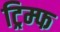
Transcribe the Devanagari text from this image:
ट्रिम्फ